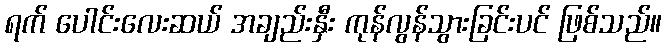
ရက် ပေါင်းလေးဆယ် အချည်းနှီး ကုန်လွန်သွားခြင်းပင် ဖြစ်သည်။